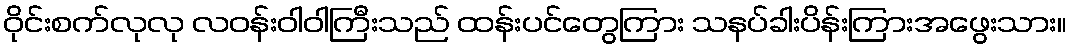
ဝိုင်းစက်လုလု လဝန်းဝါဝါကြီးသည် ထန်းပင်တွေကြား သနပ်ခါးပိန်းကြားအဖွေးသား။